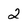
Character: 2